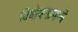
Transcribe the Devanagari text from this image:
विशेषनामाचे